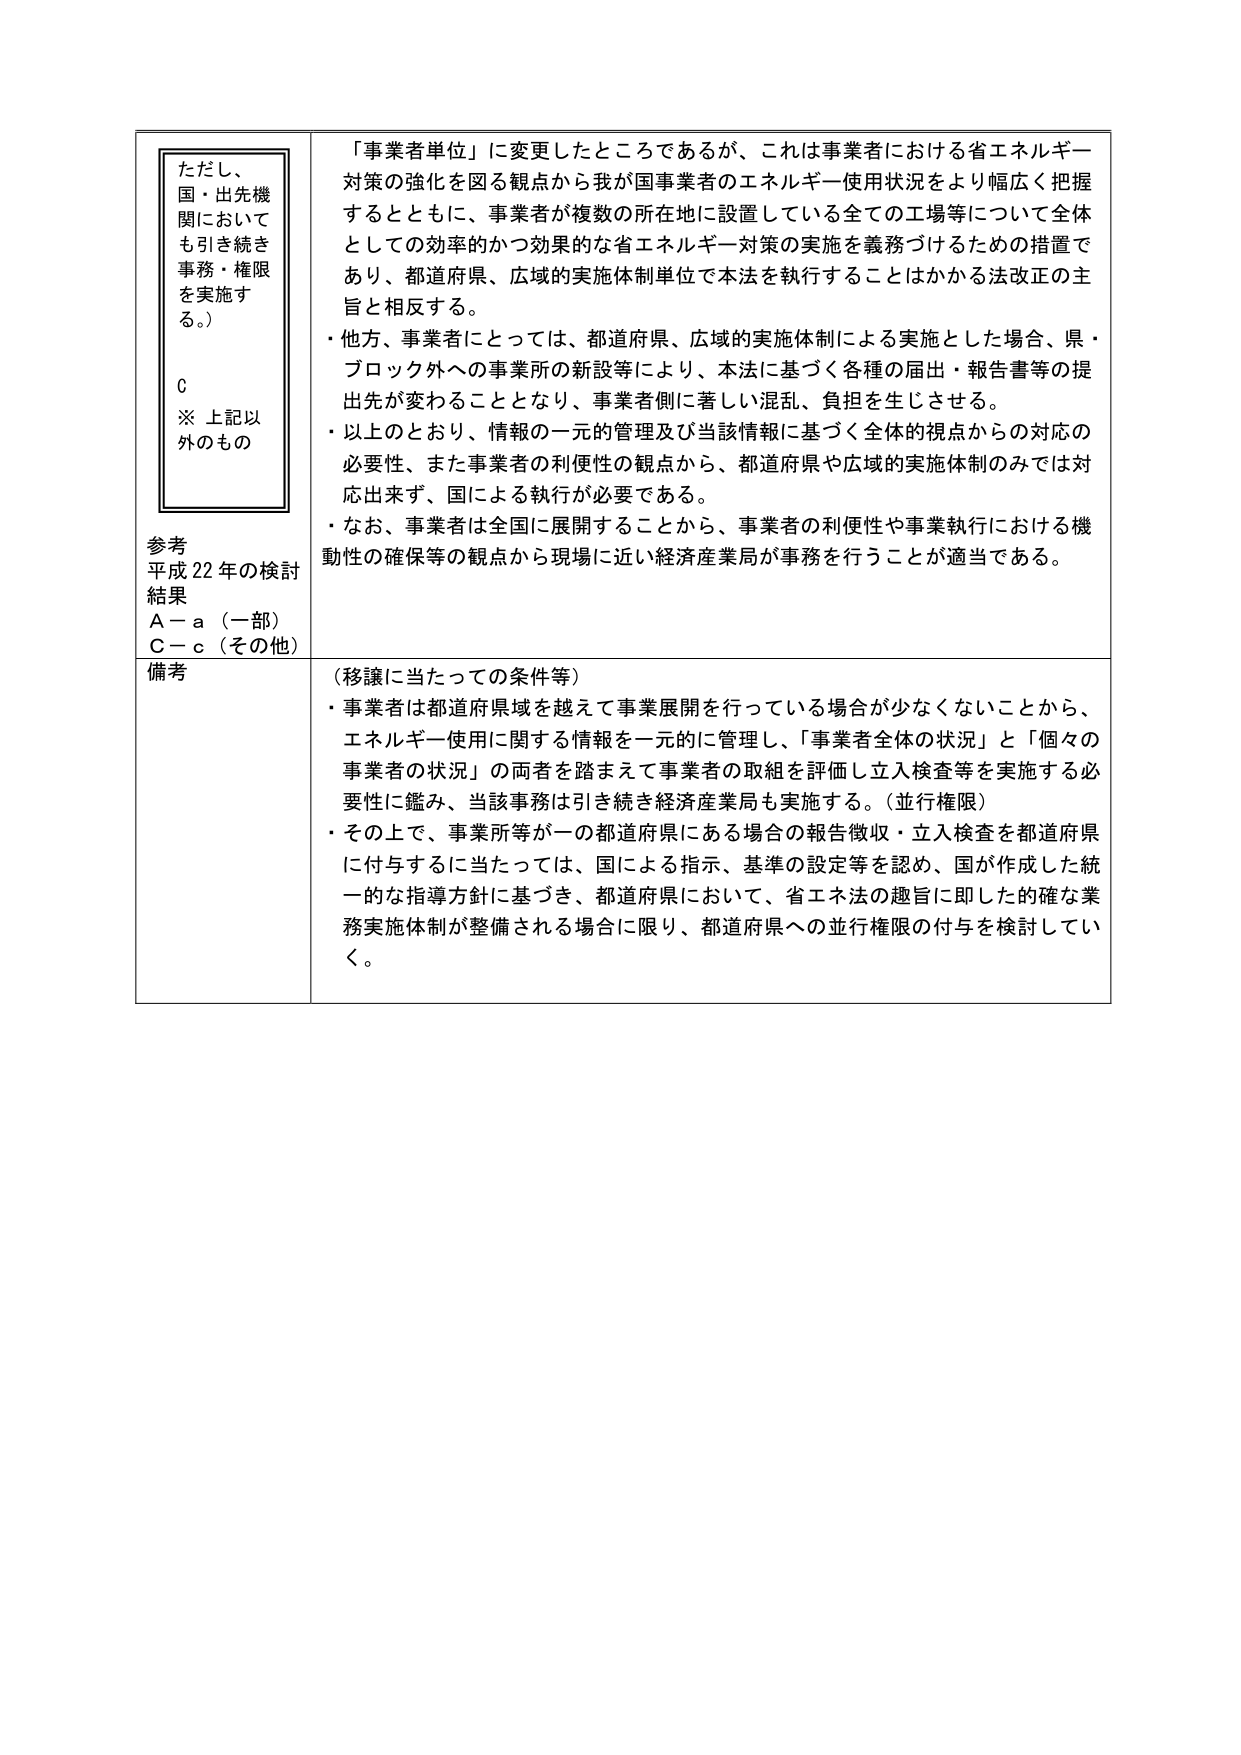
ただし、
国・出先機
関において
も引き続き
事務・権限
を実施す
る。）

C
※ 上記以
外のもの

参考
平成22年の検討
結果
A－a（一部）
C－c（その他）

備考

「事業者単位」に変更したところであるが、これは事業者における省エネルギー
対策の強化を図る観点から我が国事業者のエネルギー使用状況をより幅広く把握
するとともに、事業者が複数の所在地に設置している全ての工場等について全体
としての効率的かつ効果的な省エネルギー対策の実施を義務づけるための措置で
あり、都道府県、広域的実施体制単位で本法を執行することはかかる法改正の主
旨と相反する。
・他方、事業者にとっては、都道府県、広域的実施体制による実施とした場合、県・
ブロック外への事業所の新設等により、本法に基づく各種の届出・報告書等の提
出先が変わることとなり、事業者側に著しい混乱、負担を生じさせる。
・以上のとおり、情報の一元的管理及び当該情報に基づく全体的視点からの対応の
必要性、また事業者の利便性の観点から、都道府県や広域的実施体制のみでは対
応出来ず、国による執行が必要である。
・なお、事業者は全国に展開することから、事業者の利便性や事業執行における機
動性の確保等の観点から現場に近い経済産業局が事務を行うことが適当である。

（移譲に当たっての条件等）
・事業者は都道府県域を越えて事業展開を行っている場合が少なくないことから、
エネルギー使用に関する情報を一元的に管理し、「事業者全体の状況」と「個々の
事業者の状況」の両者を踏まえて事業者の取組を評価し立入検査等を実施する必
要性に鑑み、当該事務は引き続き経済産業局も実施する。（並行権限）
・その上で、事業所等が一の都道府県にある場合の報告徴収・立入検査を都道府県
に付与するに当たっては、国による指示、基準の設定等を認め、国が作成した統
一的な指導方針に基づき、都道府県において、省エネ法の趣旨に即した的確な業
務実施体制が整備される場合に限り、都道府県への並行権限の付与を検討してい
く。